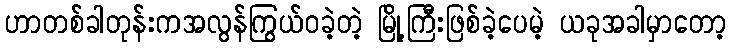
ဟာတစ်ခါတုန်းကအလွန်ကြွယ်ဝခဲ့တဲ့ မြို့ကြီးဖြစ်ခဲ့ပေမဲ့ ယခုအခါမှာတော့